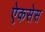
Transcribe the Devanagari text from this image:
ऐकसेस